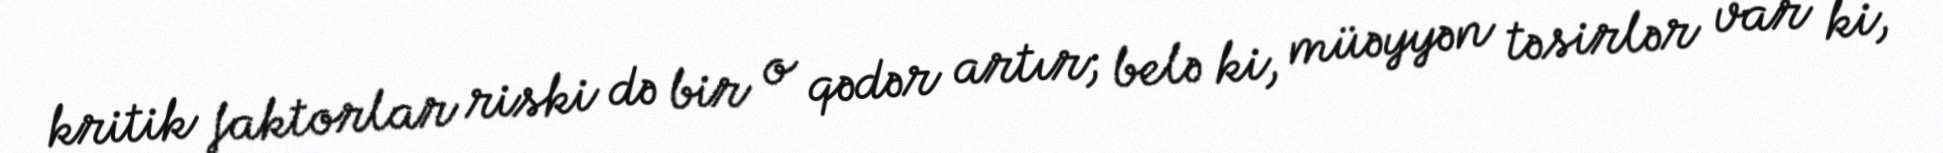
kritik faktorlar riski də bir o qədər artır; belə ki, müəyyən təsirlər var ki,